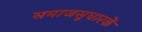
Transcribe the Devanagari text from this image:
समाजसुधारकें